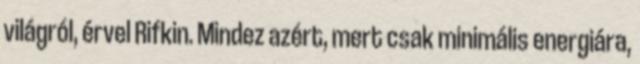
világról, érvel Rifkin. Mindez azért, mert csak minimális energiára,